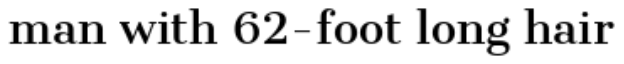
man with 62-foot long hair